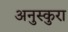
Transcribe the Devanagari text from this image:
अनुस्कुरा